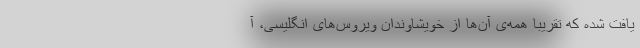
یافت شده که تقریبا همه‌ی آن‌ها از خویشاوندان ویروس‌های انگلیسی، آ